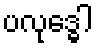
ပလုဒ္ဓေါ